Punjab Mental Hospital Lahore 1932-46 - 1932-1946
Year: 1932
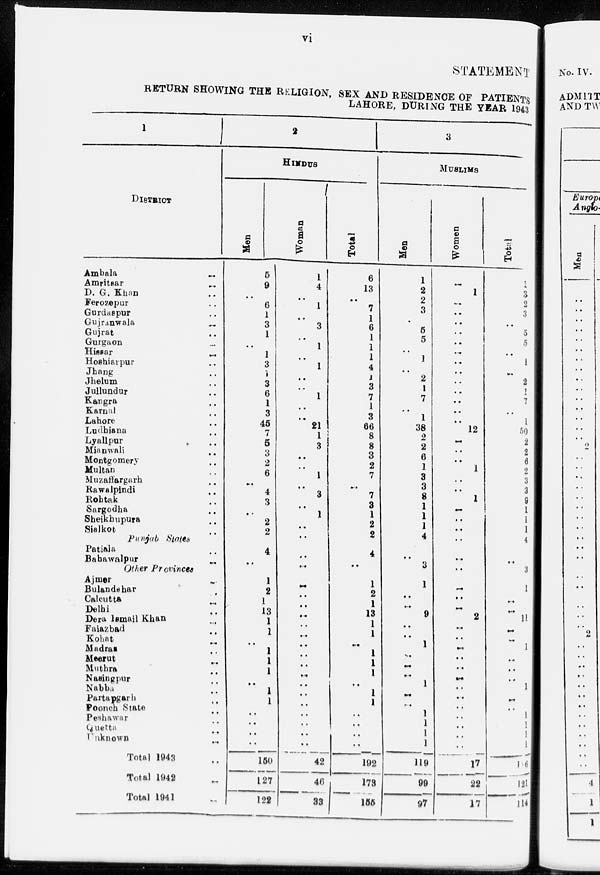
vi
STATEMENT
RETURN SHOWING THE RELIGION, SEX AND RESIDENCE OF PATIENTS
LAHORE, DURING THE YEAR 1943
1
DISTRICT
Ambala
..
Amritsar ..
D. G. Khan ..
Ferozepur ..
Gurdaspur ..
Gujranwala ..
Gujrat ..
Gurgaon ..
Hissar ..
Hoshiarpur ..
Jhang ..
Jhelum ..
Jullundur ..
Kangra ..
Karnal ..
Lahore ..
Ludhiana ..
Lyallpur ..
Mianwali ..
Montgomery ..
Multan ..
Muzaffargarh ..
Rawalpindi ..
Rohtak ..
Sargodha ..
Sheikhupura ..
Sialkot ..
Punjab States
Patiala ..
Bahawalpur ..
Other Provinces
Ajmer ..
Bulandshar ..
Calcutta ..
Delhi ..
Dera Ismail Khan ..
Faiazbad ..
Kohat ..
Madras ..
Meerut ..
Muthra ..
Nasingpur ..
Nabba ..
Partapgarh ..
Poonch State ..
Peshawar ..
Quetta ..
Unknown ..
Total 1943 ..
Total 1942 ..
Total 1941 ..
2
HINDUS
Men
5
9
..
6
1
3
1
..
1
3
1
3
6
1
3
45
7
5
3
2
6
..
4
3
..
2
2
4
..
1
2
1
13
1
1
..
1
1
1
..
1
1
..
..
..
..
150
127
122
Women
1
4
..
1
..
3
..
1
..
1
..
..
1
..
..
21
1
3
..
..
1
..
3
..
1
..
..
..
..
..
..
..
..
..
..
..
..
..
..
..
..
..
..
..
..
..
42
46
33
Total
6
13
..
7
1
6
1
1
1
4
1
3
7
1
3
66
8
8
3
2
7
..
7
3
1
2
2
4
..
1
2
1
13
1
1
..
1
1
1
..
1
1
..
..
..
..
192
173
155
3
MUSLIMS
Men
1
2
2
3
..
5
5
..
1
..
2
1
7
..
1
38
2
2
6
1
3
3
8
1
1
1
4
..
3
1
..
..
9
..
..
1
..
..
..
1
..
..
1
1
1
1
119
99
97
Women
..
1
..
..
..
..
..
..
..
..
..
..
..
..
..
12
..
..
..
1
..
..
1
..
..
..
..
..
..
..
..
..
2
..
..
..
..
..
..
..
..
..
..
..
..
..
17
22
17
Total
1
3
2
3
..
5
5
..
1
..
2
1
7
..
1
50
2
2
6
2
3
3
9
1
1
1
4
..
3
1
..
..
11
..
..
1
..
..
..
1
..
..
1
1
1
1
10
121
114